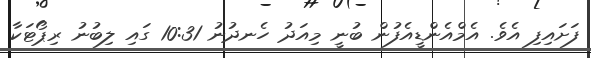
ފަށައިފި އެވެ. އެމްއެންޑީއެފުން ބުނީ މިއަދު ހެނދުނު 10:31 ގައި ލިބުނު ރިޕޯޓަކާ